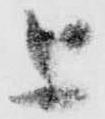
上